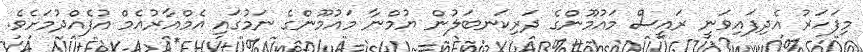
މިފަހަރު އެދިފައިވަނީ ރައީސް މައުމޫންގެ ދަރިކަނބަލުން ޔުމްނާ މައުމޫންގެ ނަމުގައި އެމްއާރުއެމް އުފެއްދުމަށެވެ.